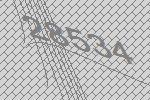
28534